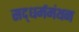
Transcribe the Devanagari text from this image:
सद्‌धर्ममंथन